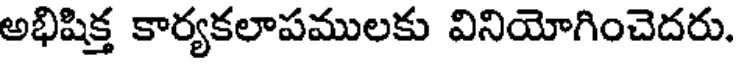
అభిషిక్త కార్యకలాపములకు వినియోగించెదరు.